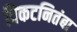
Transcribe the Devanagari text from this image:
विकटनितंबा